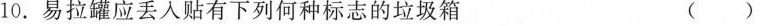
10.易拉罐应丢入贴有下列何种标志的垃圾箱 ()